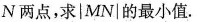
N两点，求|MN|的最小值.